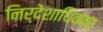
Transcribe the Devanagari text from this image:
निर्देशाधिकार